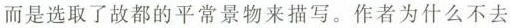
而是选取了故都的平常景物来描写。作者为什么不去